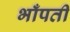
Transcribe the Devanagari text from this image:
भाँपती